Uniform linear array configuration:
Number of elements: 12
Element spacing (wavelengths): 0.5
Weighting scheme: cosine
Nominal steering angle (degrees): -30
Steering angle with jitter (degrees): -30.296
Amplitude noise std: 0.05
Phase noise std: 0.05

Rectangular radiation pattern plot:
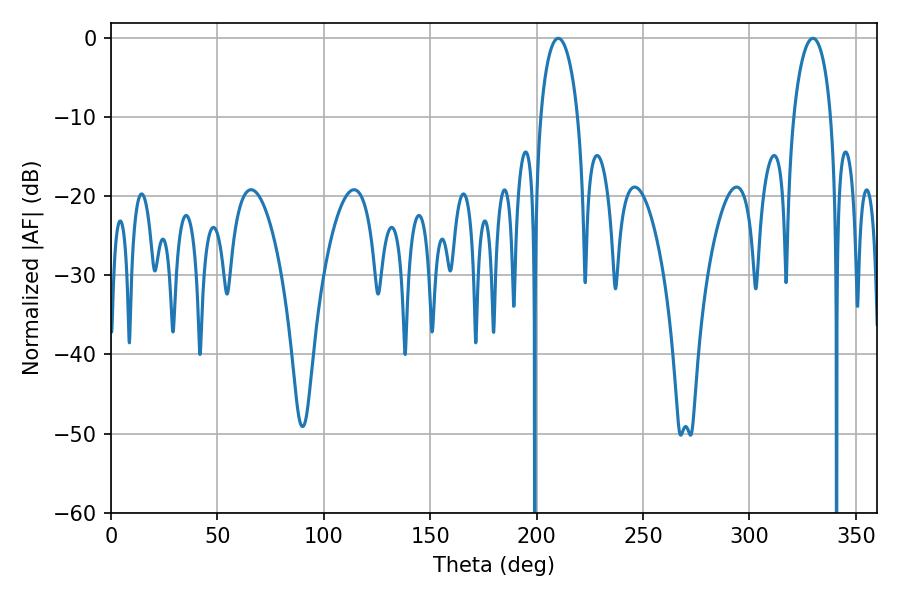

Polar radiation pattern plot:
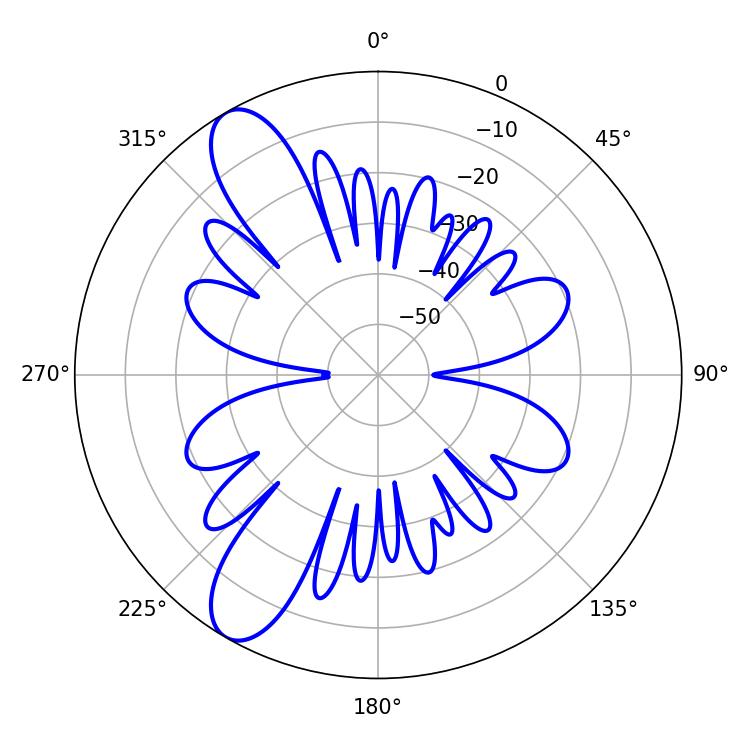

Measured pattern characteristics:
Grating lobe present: FALSE
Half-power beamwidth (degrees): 10.08
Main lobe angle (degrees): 329.76